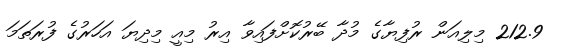
212.9 މިލިއަން ރުފިޔާގެ މުދާ ބޭރުކޮށްފައިވާ އިރު މިއީ މިދިޔަ އަހަރުގެ ފުރަތަމަ